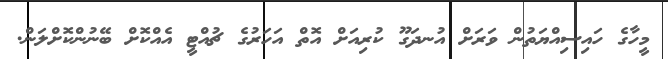
މީހާގެ ހައިސިއްޔަތުން ވަރަށް އުނދަގޫ ކުރިއަށް އޮތް އަހަރުގެ ޗުއްޓީ އެއްކޮށް ބޭނުންކޮށްލަން.